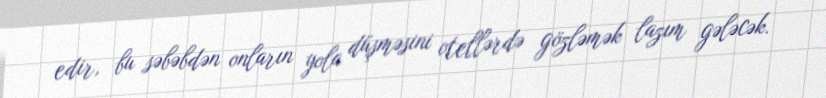
edir, bu səbəbdən onların yola düşməsini otellərdə gözləmək lazım gələcək.